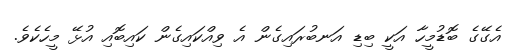
އެގޭގެ ބޮޑުމީހާ އަކީ ބިޑި އަނބުރައިގެން އެ ވިއްކައިގެން ކައިބޮއި އުޅޭ މީހެކެވެ.